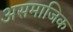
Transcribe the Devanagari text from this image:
असमाजिक